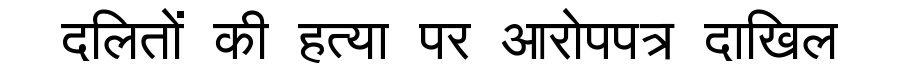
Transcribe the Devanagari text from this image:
दलितों की हत्या पर आरोपपत्र दाखिल